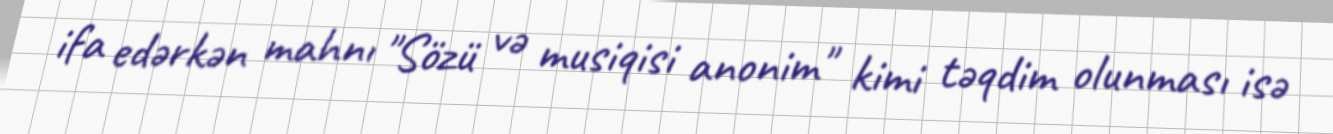
ifa edərkən mahnı "Sözü və musiqisi anonim" kimi təqdim olunması isə